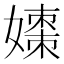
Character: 𪦡